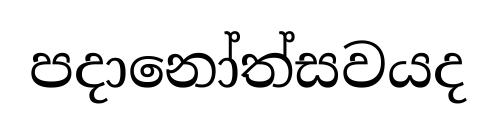
පදානෝත්සවයද